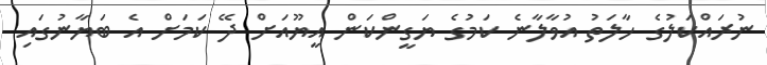
ނުރައްކަލުގެ ހާލަތު އުވާލާނެ ކަމުގެ ޔަގީންކަން އީޔޫއަށް ދޭ ކަމަށް އެ ބަޔާނުގައި